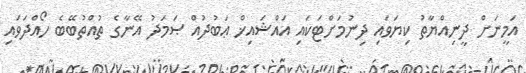
އަމީނަށް ދީނިއްޔާތު ކިޔަވައި ދިނުމަށްޓަކައި އައްޝައިޚް ޢަބުދުއް ޞަމަދު އޭނާގެ ތުއްތުބޭބެ ހޯއްދަވައި